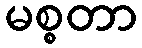
မစ္စတာ